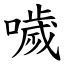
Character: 噦